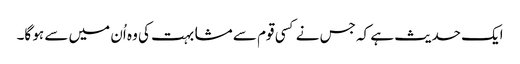
ایک حدیث ہے کہ جس نے کسی قوم سے مشابہت کی وہ اُن میں سے ہو گا۔